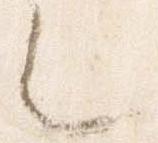
之